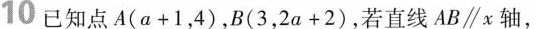
10 已知点 $$A ( α + 1 ， 4 )$$，$$B ( 3 ， 2 a + 2 )$$ ，若直线AB \parallel x轴，